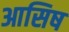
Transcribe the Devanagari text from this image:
आसिष